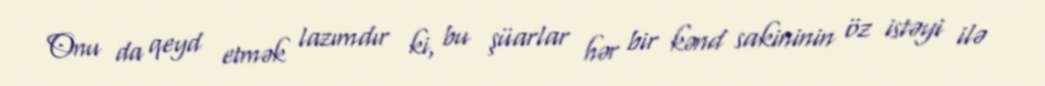
Onu da qeyd etmək lazımdır ki, bu şüarlar hər bir kənd sakininin öz istəyi ilə